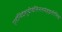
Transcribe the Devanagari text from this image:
एतोन्विंद्रंशुचीवेतिनतमंहइतीतिच